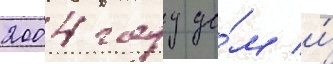
2004 году до́м и́